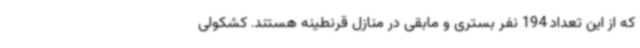
که از این تعداد 194 نفر بستری و مابقی در منازل قرنطینه هستند. کشکولی